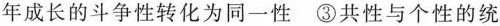
年成长的斗争性转化为同一性 ③共性与个性的统